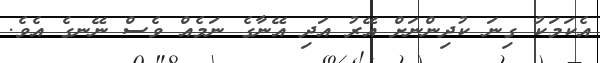
އެކަމަކު ގިނަ ކުދިންނަށް އޭރު އަދި އޭނާގެ ނަމެއް ވެސް ނޭނގެ އެވެ.